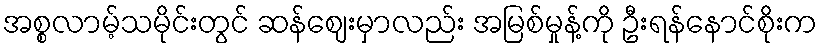
အစ္စလာမ့်သမိုင်းတွင် ဆန်ဈေးမှာလည်း အမြစ်မှုန့်ကို ဦးရန်နောင်စိုးက